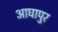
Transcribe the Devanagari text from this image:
आघापुर